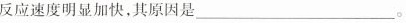
反应速度明显加快，其原因是___。